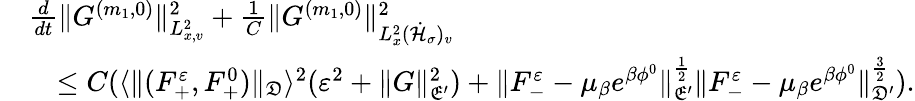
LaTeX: \begin{array}{rl}&{\frac{d}{dt}\| G^{(m_{1},0)}\| _{L_{x,v}^{2}}^{2}+\frac{1}{C}\| G^{(m_{1},0)}\| _{L_{x}^{2}(\dot{\mathcal H}_{\sigma})_{v}}^{2}}\\ &{\quad\leq C(\langle\| (F_{+}^{\varepsilon},F_{+}^{0})\| _{\mathfrak D}\rangle^{2}(\varepsilon^{2}+\| G\| _{\mathfrak E^{\prime}}^{2})+\| F_{-}^{\varepsilon}-\mu_{\beta}e^{\beta\phi^{0}}\| _{\mathfrak E^{\prime}}^{\frac{1}{2}}\| F_{-}^{\varepsilon}-\mu_{\beta}e^{\beta\phi^{0}}\| _{\mathfrak D^{\prime}}^{\frac{3}{2}}).}\end{array}